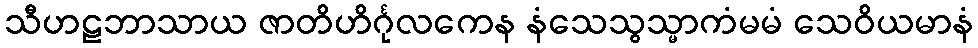
သီဟဠဘာသာယ ဇာတိဟိင်္ဂုလကေန နံသေသွသ္မာကံမမံ သေဝိယမာနံ